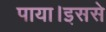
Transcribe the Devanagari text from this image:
पाया।इससे